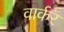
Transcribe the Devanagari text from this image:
वार्कर